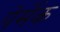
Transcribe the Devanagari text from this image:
पेर्मेक